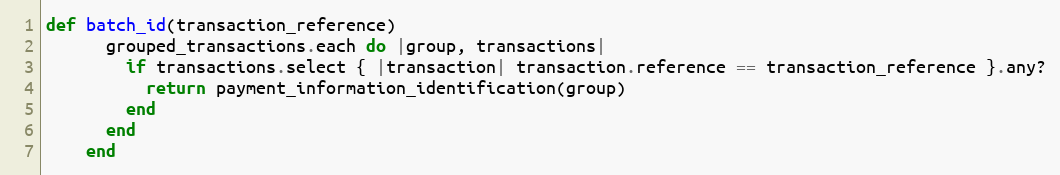
Language: Ruby
def batch_id(transaction_reference)
      grouped_transactions.each do |group, transactions|
        if transactions.select { |transaction| transaction.reference == transaction_reference }.any?
          return payment_information_identification(group)
        end
      end
    end